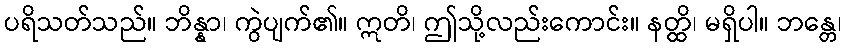
ပရိသတ်သည်။ ဘိန္နာ၊ ကွဲပျက်၏။ ဣတိ၊ ဤသို့လည်းကောင်း။ နတ္ထိ၊ မရှိပါ။ ဘန္တေ၊